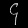
Digit: ၄